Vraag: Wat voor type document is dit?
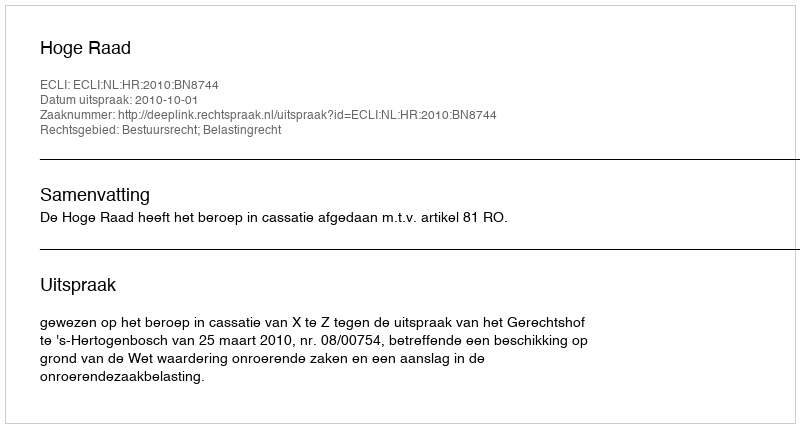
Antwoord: Uitspraak